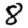
Digit: 8